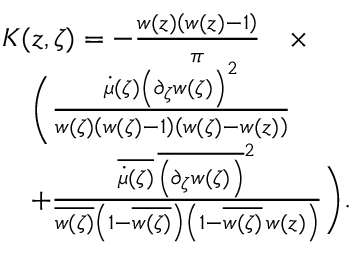
\begin{array} { r l } & { K ( z , \zeta ) = - \frac { w ( z ) \left( w ( z ) - 1 \right) } { \pi } \quad \times } \\ & { \quad \bigg ( \frac { \dot { \mu } ( \zeta ) \left( \partial _ { \zeta } w ( \zeta ) \right) ^ { 2 } } { w ( \zeta ) \left( w ( \zeta ) - 1 \right) \left( w ( \zeta ) - w ( z ) \right) } } \\ & { \quad + \frac { \overline { { \dot { \mu } ( \zeta ) } } \, \overline { { \left( \partial _ { \zeta } w ( \zeta ) \right) } } ^ { 2 } } { \overline { { w ( \zeta ) } } \left( 1 - \overline { { w ( \zeta ) } } \right) \left( 1 - \overline { { w ( \zeta ) } } \, w ( z ) \right) } \bigg ) . } \end{array}